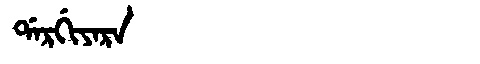
Manchu: ᡩᠠᡵᡤᡳᠶᠠᡵᠠ
Romanization: DARGIYARA